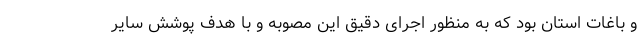
و باغات استان بود که به منظور اجرای دقیق این مصوبه و با هدف پوشش سایر